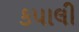
કપાલી